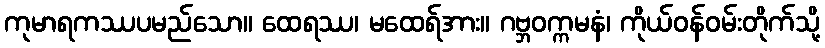
ကုမာရကဿပမည်သော။ ထေရဿ၊ မထေရ်အား။ ဂဗ္ဘဝက္ကမနံ၊ ကိုယ်ဝန်ဝမ်းတိုက်သို့